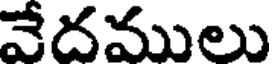
వేదములు